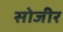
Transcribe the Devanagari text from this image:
सोजीर